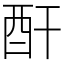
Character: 酐